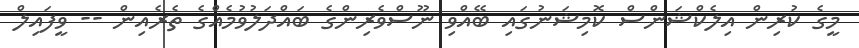
މީގެ ކުރިން އިލެކްޝަންސް ކޮމިޝަނުގައި ބޭއްވި ނޫސްވެރިންގެ ބައްދަލުވުމެއްގެ ތެރެއިން -- ވީފައިލް